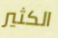
الكثير